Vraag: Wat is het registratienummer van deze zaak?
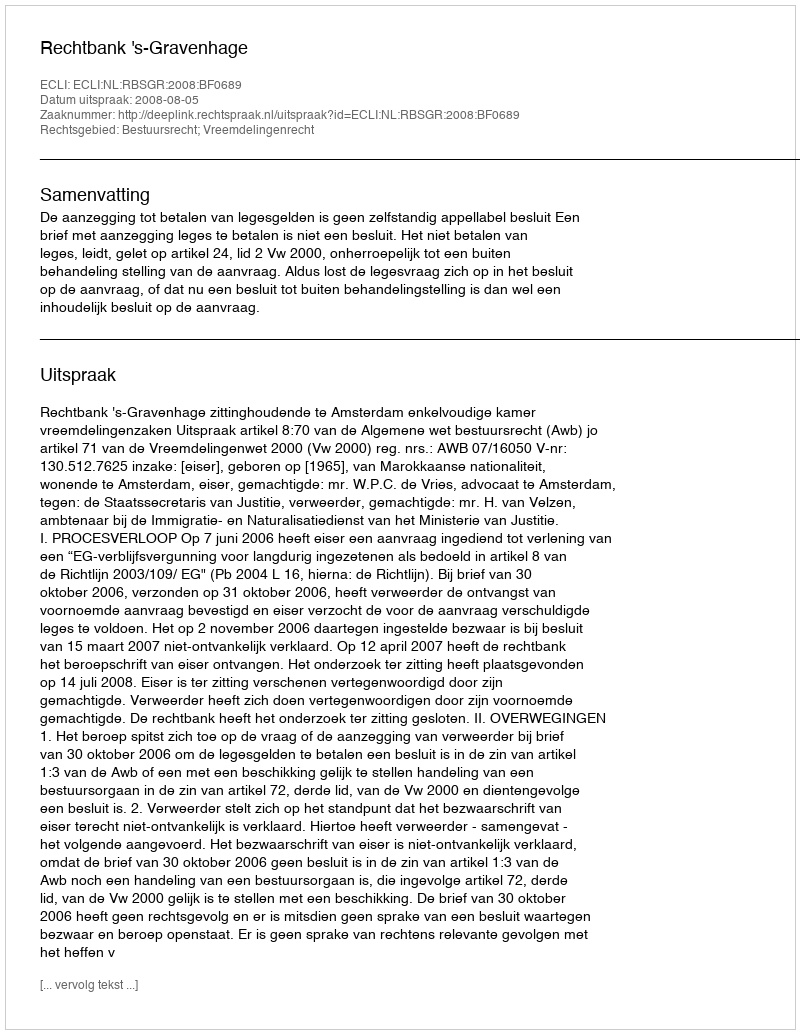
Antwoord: http://deeplink.rechtspraak.nl/uitspraak?id=ECLI:NL:RBSGR:2008:BF0689